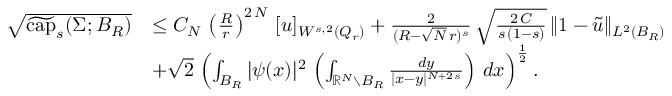
\begin{array} { r l } { \sqrt { \widetilde { \mathrm { c a p } } _ { s } ( \Sigma ; B _ { R } ) } } & { \le C _ { N } \, \left( \frac { R } { r } \right) ^ { 2 \, N } \, [ u ] _ { W ^ { s , 2 } ( Q _ { r } ) } + \frac { 2 } { ( R - \sqrt { N } \, r ) ^ { s } } \, \sqrt { \frac { 2 \, C } { s \, ( 1 - s ) } } \, \| 1 - \widetilde { u } \| _ { L ^ { 2 } ( B _ { R } ) } } \\ & { + \sqrt { 2 } \, \left( \int _ { B _ { R } } | \psi ( x ) | ^ { 2 } \, \left( \int _ { \mathbb { R } ^ { N } \setminus B _ { R } } \frac { d y } { | x - y | ^ { N + 2 \, s } } \right) \, d x \right) ^ { \frac { 1 } { 2 } } . } \end{array}